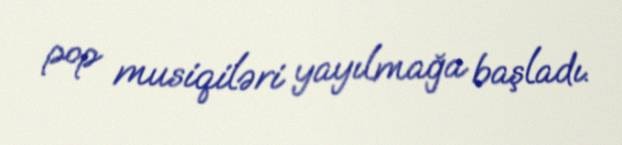
pop musiqiləri yayılmağa başladı.